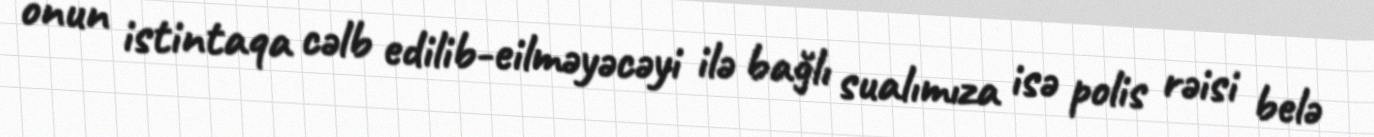
onun istintaqa cəlb edilib-eilməyəcəyi ilə bağlı sualımıza isə polis rəisi belə